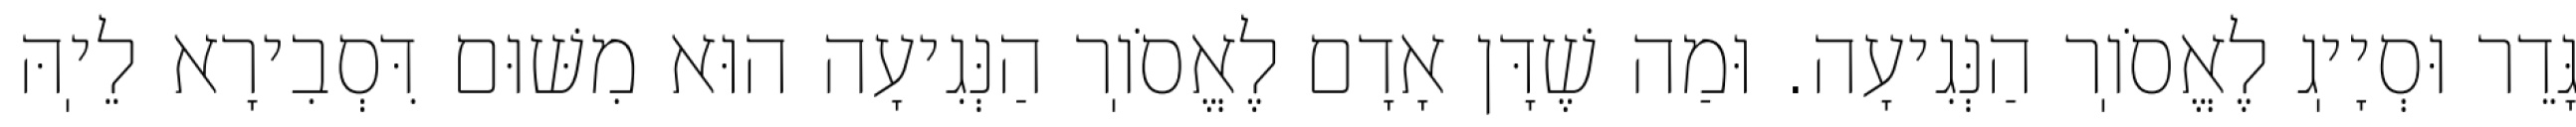
גָּדֵר וּסְיָיֽג לֶאֱסֹוֽר הַנְּגִיעָה. וּמַה שֶׁדָּן אָדָם לֶאֱסֹוֽר הַנְּגִיעָה הוּא מִשּׁוּם דִּסְבִירָא לֵיֽהּ